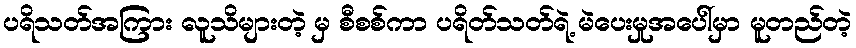
ပရိသတ်အကြား လူသိများတဲ့ မှ စီစစ်ကာ ပရိတ်သတ်ရဲ့ မဲပေးမှုအပေါ်မှာ မူတည်တဲ့